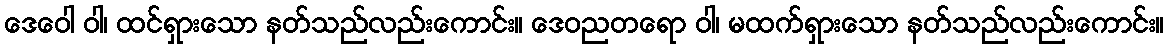
ဒေဝေါ ဝါ၊ ထင်ရှားသော နတ်သည်လည်းကောင်း။ ဒေဝညတရော ဝါ၊ မထက်ရှားသော နတ်သည်လည်းကောင်း။